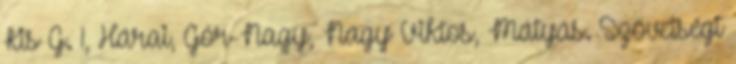
Kis G. 1, Hárai, Gór-Nagy, Nagy Viktos, Mátyás. Szövetségi